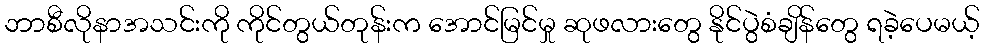
ဘာစီလိုနာအသင်းကို ကိုင်တွယ်တုန်းက အောင်မြင်မှု ဆုဖလားတွေ နိုင်ပွဲစံချိန်တွေ ရခဲ့ပေမယ့်